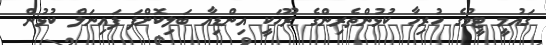
ގައުމީ ޓީމުގެ ހުރިހާ ކުޅުންތެރިންގެ ރޫހަކީ އިންޑިއާ ބަލިކޮށްފަ ފައިނަލް ކުޅުން